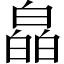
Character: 皛